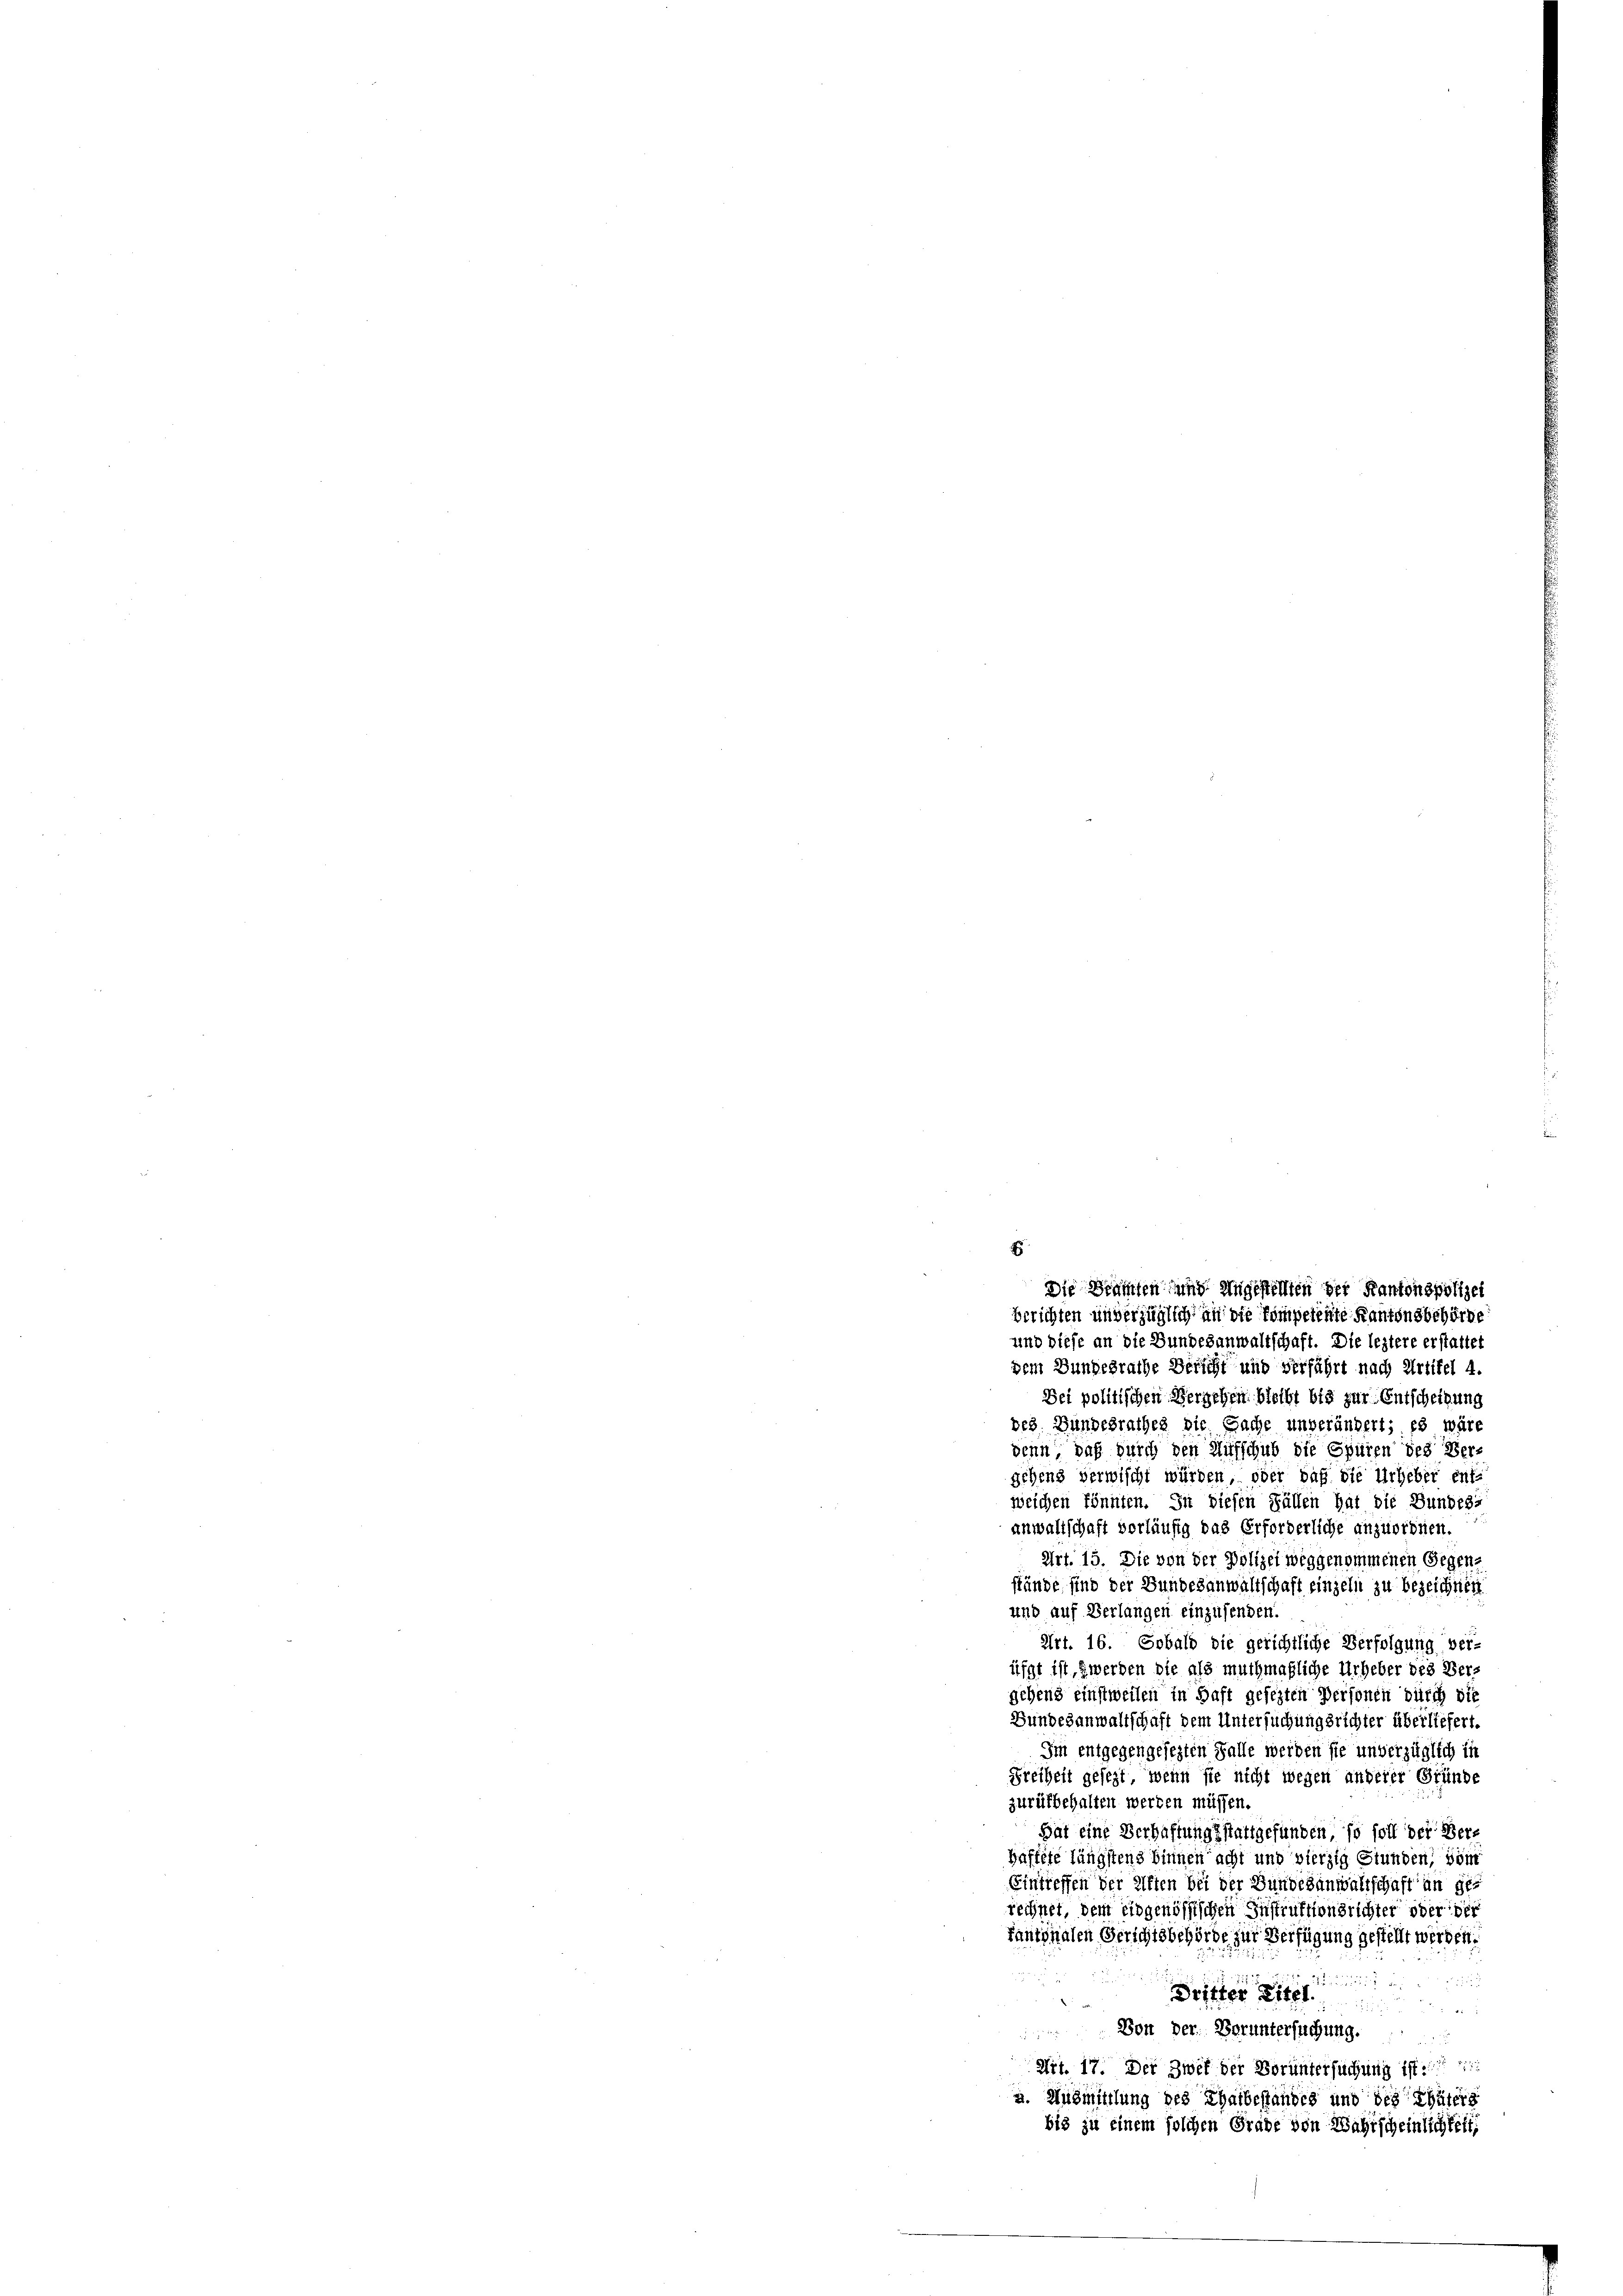
und diese an die Bundesanwaltschaft. Die leztere erstattet
dem Bundesrathe Bericht und verfährt nach Artikel 4.
Dei politischen Vergehen bleibt bis zur Entscheidung
des Bundesrathes die Sache unverändert; es wäre
denn, daß durch den Aufschub die Spüren des Vergehens verwischt würden, oder daß die Urheber ent-
weichen könnten. In diesen Fällen hat die Bundes-
anwaltschaft vorläufig das Erforderliche anzuordnen.
Art. 15. Die von der Polizei weggenommenen Gegen-
stünde sind der Bundesanwaltschaft einzeln zu bezeichnen
und auf Verlangen einzusenden.
Art. 16. Sobald die gerichtliche Verfolgung ver-
üfft ist, werden die als muthmaßliche Urheber des Ver-
gehens einstweilen in Haft gesezten Personen durch die
Bundesanwaltschaft dem Untersuchungsrichter überliefert.
Im entgegengesezten Falle werden sie unverzüglich in
Freiheit gesezt, wenn sie nicht wegen anderer Gründe
zurükbehalten werden müssen.
Hat eine Verhaftungsstattgefunden, so soll der Verhäftete längstens binnen acht und vierzig Stunden; som
Eintreffen der elften bei der Bundesanwaltschaft an geg
rechnet, dem eidgenössischen Instruktionsrichter ober der
Pantonalen Gerichtsbehörde zur Verfügung gestellt werden.

e
Dritter Stel
e
 Von der Voruntersuchung.
Art. 17. Der Zwek der Voruntersuchung ist
u. Ausmittlung des Thatbehandes und des Thäters
bis zu einem solchen Grade von Wahrscheinlichkeit

E
Die Beamten und Ungestellten der Kantonspolizei
berichten unverzüglich an die kompetente Kantonsbehörde